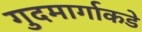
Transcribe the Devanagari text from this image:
गुदमार्गाकडे